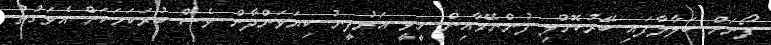
ފޯނަށް ބަލާލާފައި ބޭރުކޮށްލި ފުންނޭވާއިން ހީވީ އަރުފީނު ކިޔަވަންދާން ވެސް ބުރަކަމަކަށް އެވަގުތު